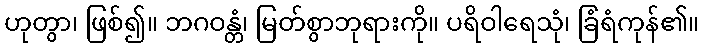
ဟုတွာ၊ ဖြစ်၍။ ဘဂဝန္တံ၊ မြတ်စွာဘုရားကို။ ပရိဝါရေသုံ၊ ခြံရံကုန်၏။